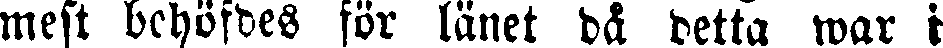
mest behöfdes för länet då detta war i